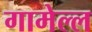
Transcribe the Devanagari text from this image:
गामेल्ल